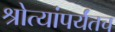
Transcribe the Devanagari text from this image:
श्रोत्यांपर्यंतच